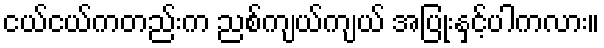
ငယ်ငယ်ကတည်းက ညစ်ကျယ်ကျယ် အပြုံးနှင့်ပါကလား။